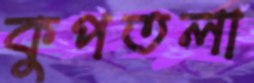
কুপতলা